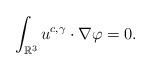
LaTeX: \begin{align*}\int_{\mathbb{R}^{3}}u^{c,\gamma}\cdot\nabla\varphi=0.\end{align*}